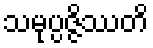
သမုပ္ပဇ္ဇိဿတိ